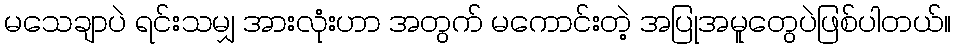
မသေချာပဲ ရင်းသမျှ အားလုံးဟာ အတွက် မကောင်းတဲ့ အပြုအမူတွေပဲဖြစ်ပါတယ်။